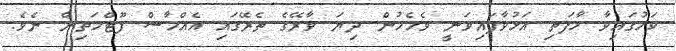
ކަމުގައިވާ މާފަތި އަޅުވާފައިވަނީ ވެހެމުން ދިޔަ ވާރޭގެ ތެރޭގައި އެއްހާސް ފޫޓްމަތިން ނެވެ.